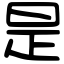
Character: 是